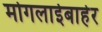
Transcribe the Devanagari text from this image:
मोगलाईबाहेर